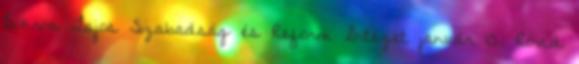
Bokros Lajos Szabadság és Reform Intézet január 15. Rövid